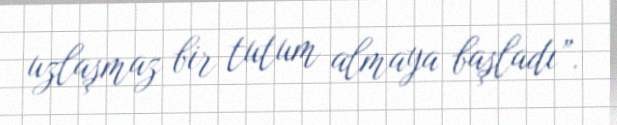
uzlaşmaz bir tutum almaya başladı”.